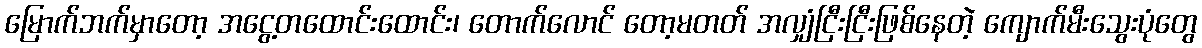
မြောက်ဘက်မှာတော့ အငွေ့တထောင်းထောင်း၊ တောက်လောင် တော့မတတ် အလျှံငြီးငြီးဖြစ်နေတဲ့ ကျောက်မီးသွေးပုံတွေ